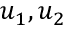
u _ { 1 } , u _ { 2 }